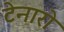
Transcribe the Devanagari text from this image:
टेनारो